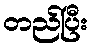
တည်ပြီး